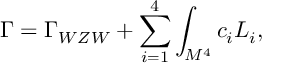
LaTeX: \Gamma = \Gamma _ { W Z W } + \sum _ { i = 1 } ^ { 4 } \int _ { M ^ { 4 } } c _ { i } { \cal L } _ { i } ,